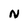
Character: N